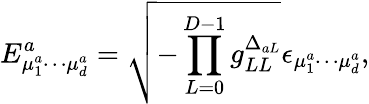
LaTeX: E_{\mu_{1}^{a}\cdots\mu_{d}^{a}}^{a}=\sqrt{-\prod_{L=0}^{D-1}g_{LL}^{\Delta_{aL}}}\epsilon_{\mu_{1}^{a}\cdots\mu_{d}^{a}},